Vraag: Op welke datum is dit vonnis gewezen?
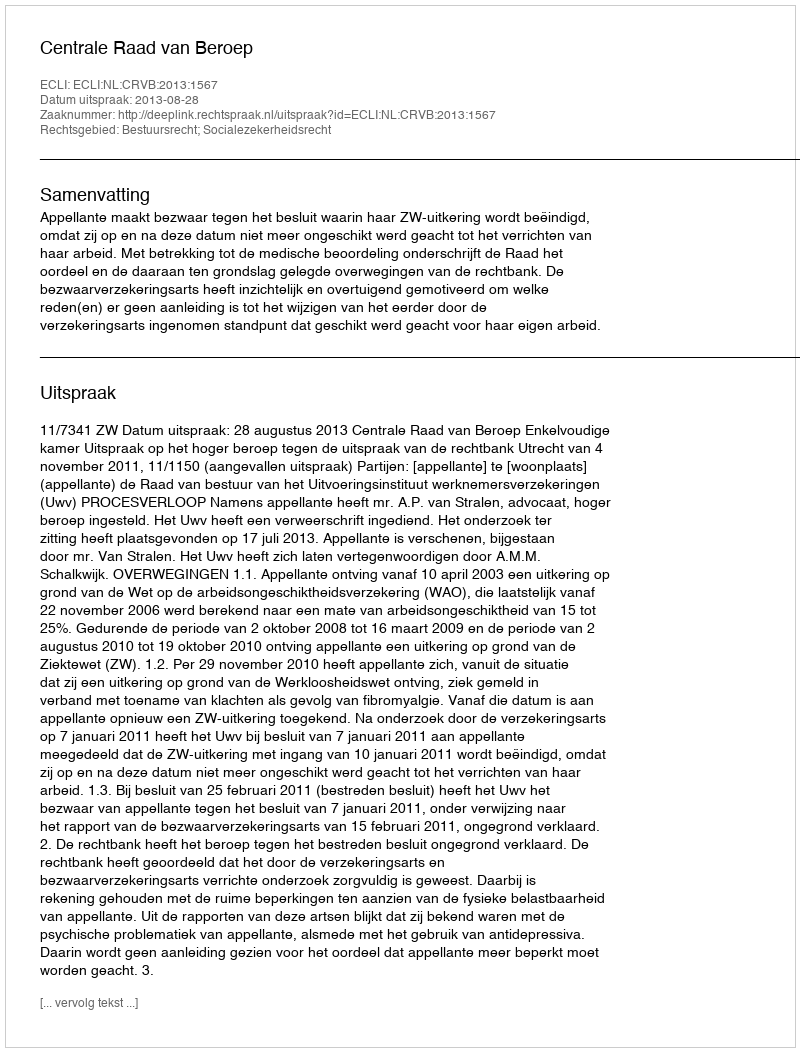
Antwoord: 2013-08-28